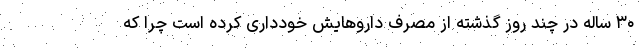
۳۰ ساله در چند روز گذشته از مصرف داروهایش خودداری کرده است چرا که